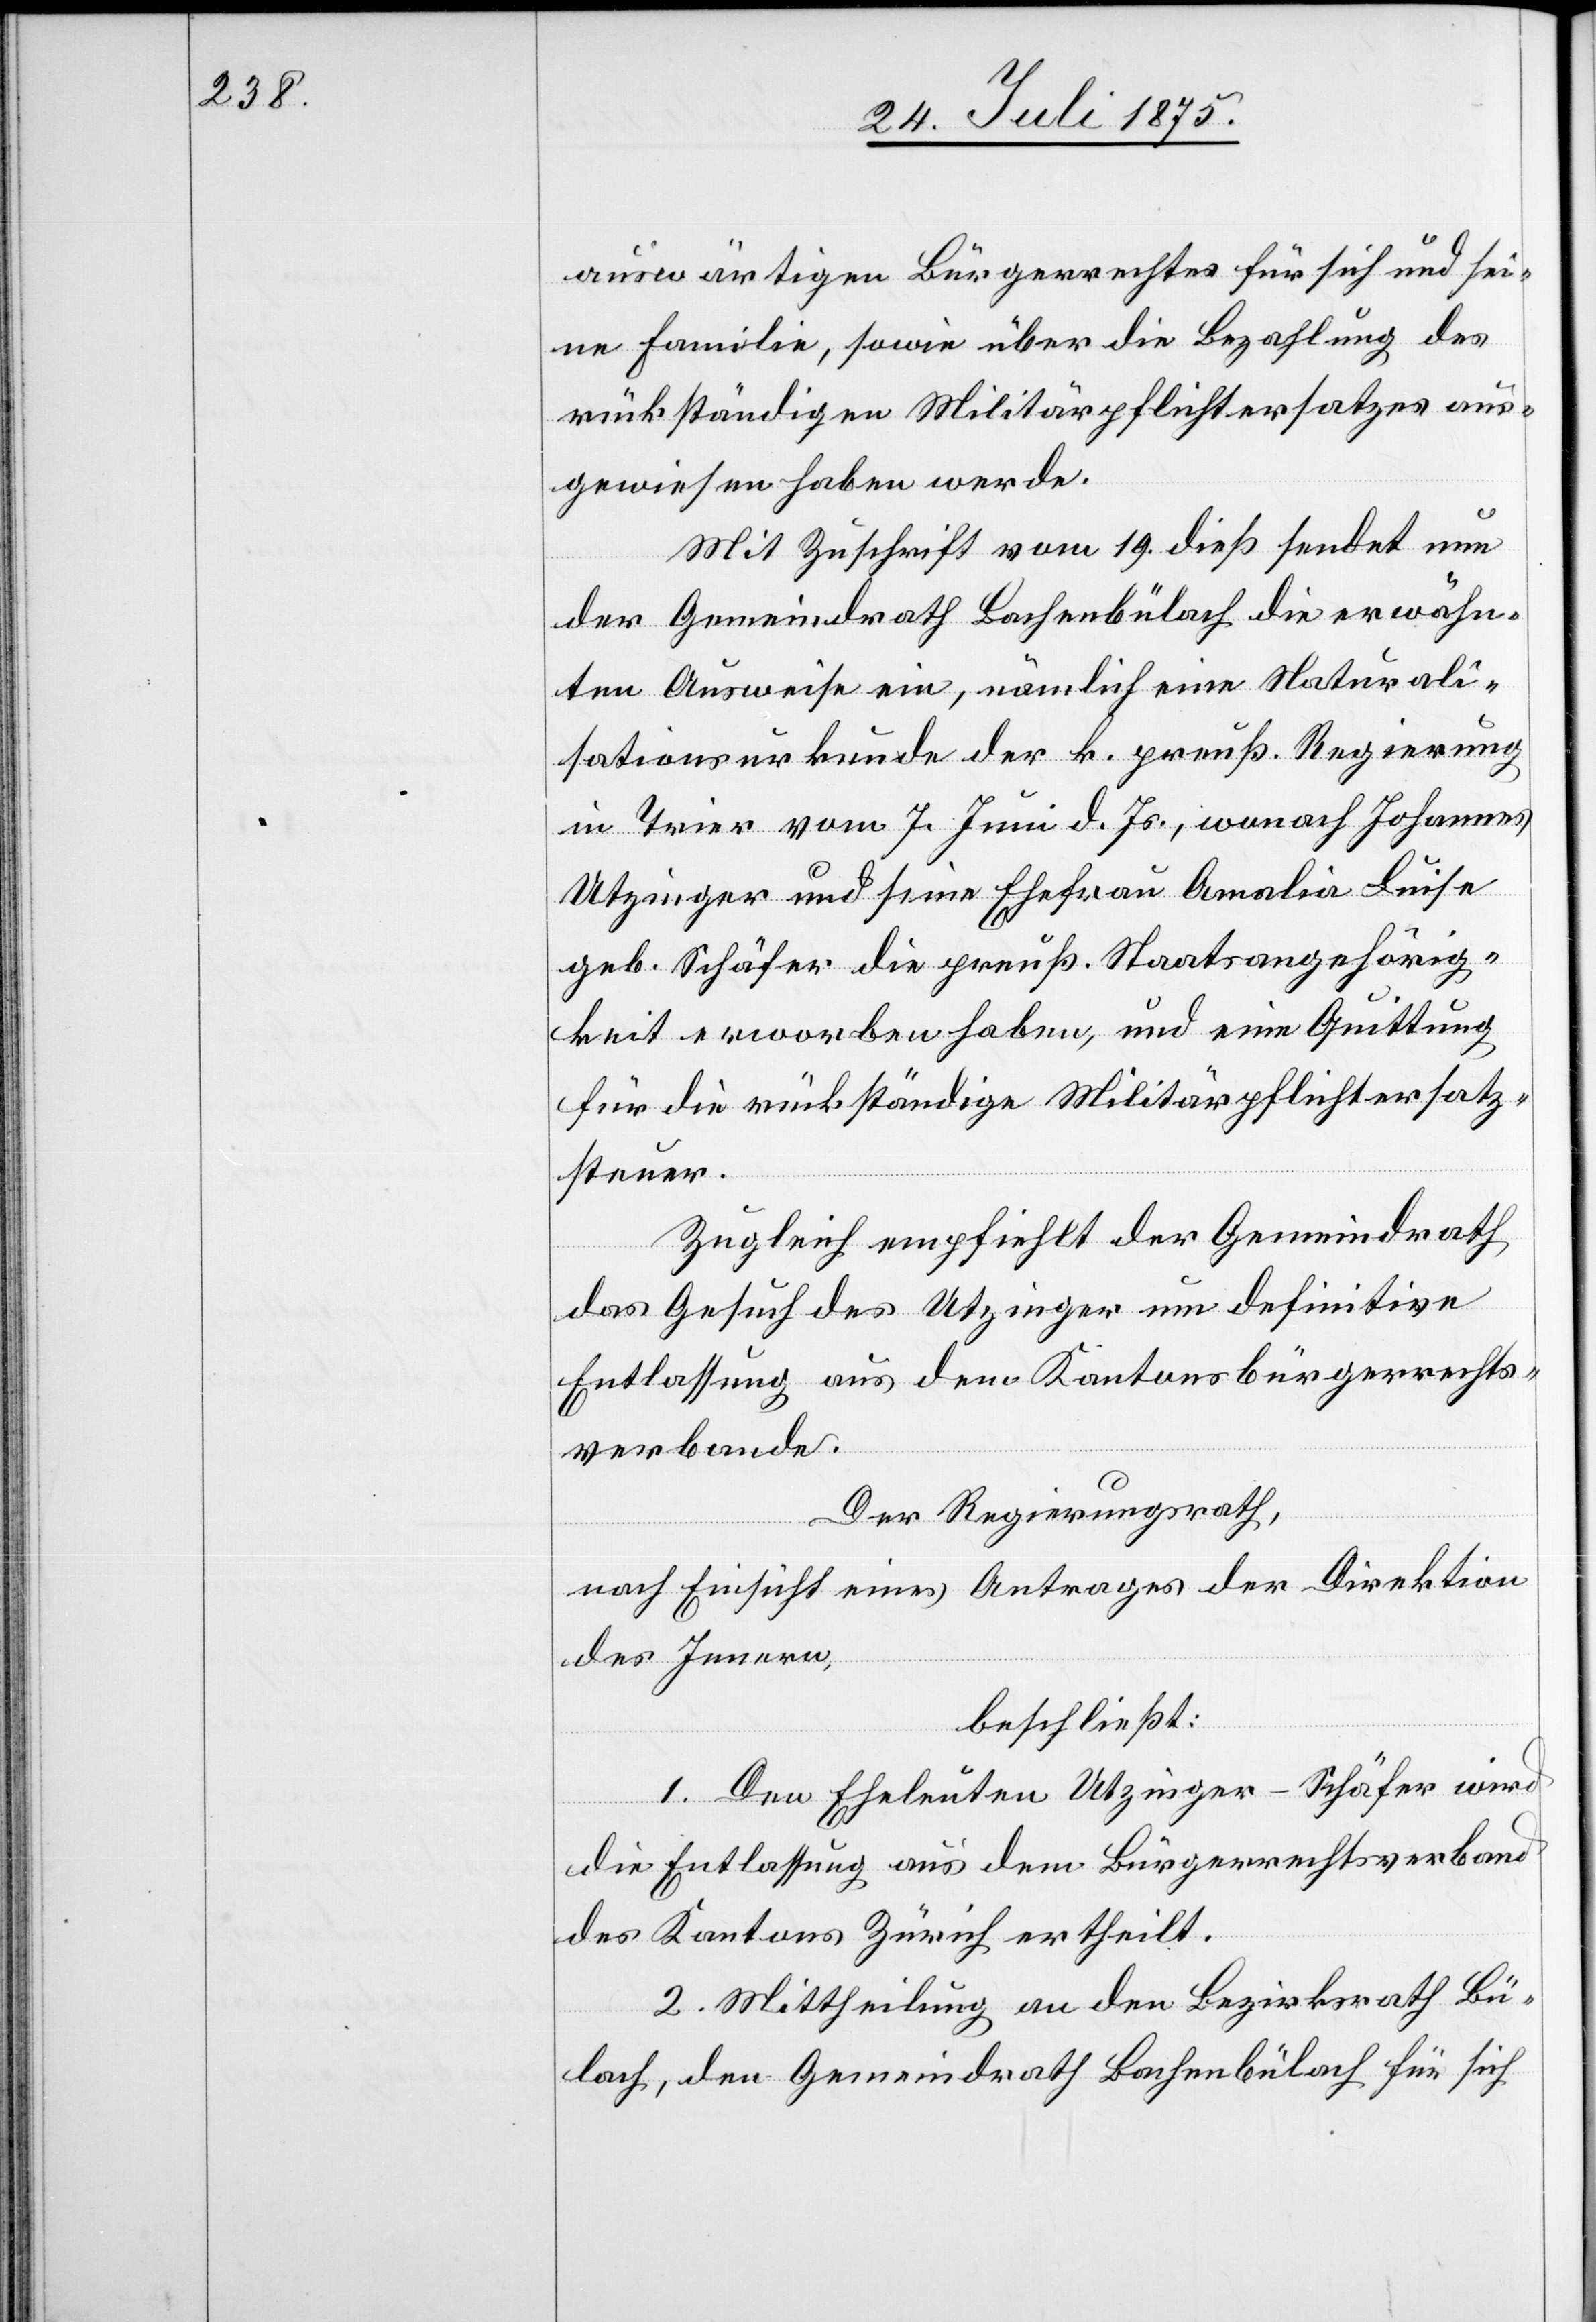
auswärtigen Bürgerrechtes für sich und sei¬
ne Familie, sowie über die Bezahlung des
rückständigen Militärpflichtersatzes aus¬
gewiesen haben werde.
Mit Zuschrift vom 19. dieß sendet nun
der Gemeindrath Bachenbülach die erwähn¬
ten Ausweise ein, nämlich eine Naturali¬
sationsurkunde der k. preuß. Regierung
in Trier vom 7. Juni d. Js., wonach Johannes
Utzinger und seine Ehefrau Amalia Linse
geb. Schäfer die preuß. Staatsangehörig¬
keit erworben haben, und eine Quittung
für die rückständige Militärpflichtersatz¬
steuer.
Zugleich empfiehlt der Gemeindrath
das Gesuch des Utzinger um definitive
Entlassung aus dem Kantonsbürgerrechts¬
verbande.
Der Regierungsrath,
nach Einsicht eines Antrages der Direktion
des Innern,
beschließt:
1. Den Eheleuten Utzinger-Schäfer wird
die Entlassung aus dem Bürgerrechtsverband
des Kantons Zürich ertheilt.
2. Mittheilung an den Bezirksrath Bü¬
lach, den Gemeindrath Bachenbülach für sich